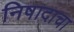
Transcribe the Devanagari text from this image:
निषादाचा